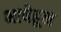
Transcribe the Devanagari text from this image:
भाषेहून